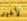
لأغير